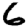
Digit: 6